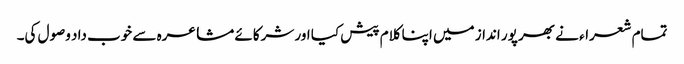
تمام شعراء نے بھر پور انداز میں اپنا کلام پیش کیا اور شرکائے مشاعرہ سے خوب داد وصول کی۔